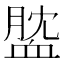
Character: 𧖺